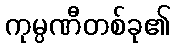
ကုမ္ပဏီတစ်ခု၏